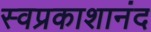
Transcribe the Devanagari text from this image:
स्वप्रकाशानंद